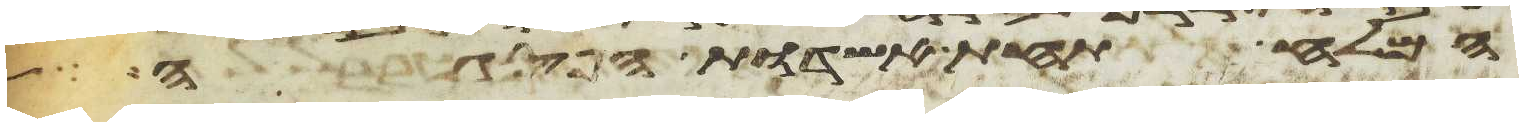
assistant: המלח תחת אשדות הפסגה